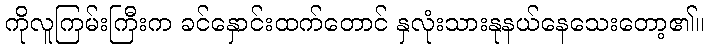
ကိုလူကြမ်းကြီးက ခင်နှောင်းထက်တောင် နှလုံးသားနုနယ်နေသေးတော့၏။